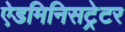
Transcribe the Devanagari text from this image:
ऐडमिनिसट्रेटर